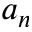
a _ { n }